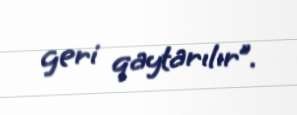
geri qaytarılır”.